Annual report of the Imperial Bacteriologist
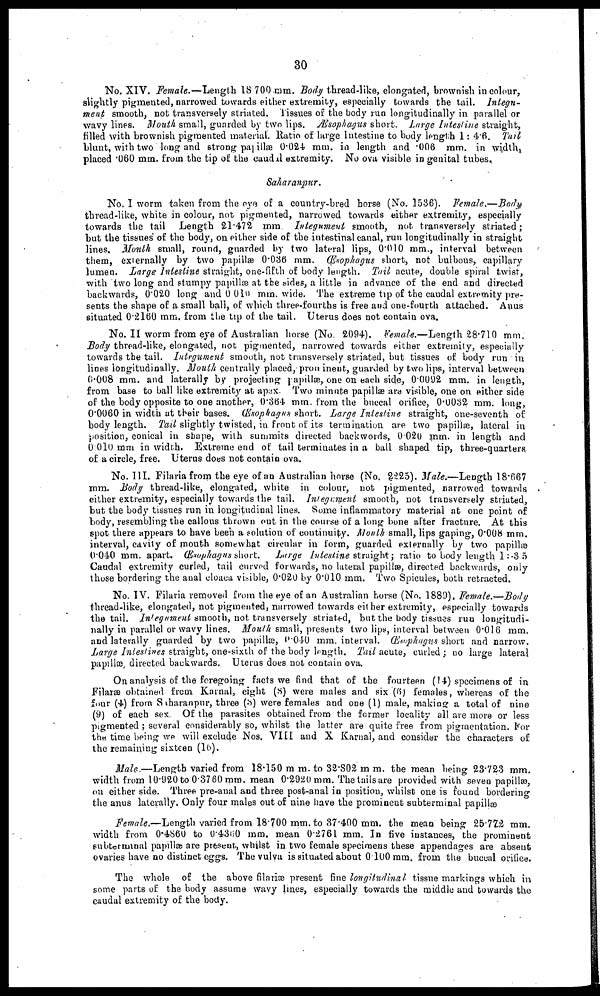
30
No. XIV. Female.—Length 18 700mm. Body thread-like, elongated, brownish in colour,
slightly pigmented, narrowed towards either extremity, especially towards the tail. Integu-
ment smooth, not transversely striated. Tissues of the body run longitudinally in parallel or
wavy lines. Mouth small, guarded by two lips. Æsophagus short. Large Intestine straight,
filled with brownish pigmented material. Ratio of large Intestine to body length 1: 4.6. Tail
blunt, with two long and strong papillæ 0.024 mm. in length and .006 mm. in width,
placed .060 mm. from the tip of the caudal extremity. No ova visible in genital tubes,
Saharanpur.
No. I worm taken from the eye of a country-bred horse (No. 1536). Female.—Body
thread-like, white in colour, not pigmented, narrowed towards either extremity, especially
towards the tail Length 21.472 mm. Integument smooth, not transversely striated ;
but the tissues of the body, on either side of the intestinal canal, run longitudinally in straight
lines. Mouth small, round, guarded by two lateral lips, 0.010 mm., interval between
them, externally by two papillæ 0.036 mm. Œsophagus short, not bulbous, capillary
lumen. Large Intestine straight, one-fifth of body length. Tail acute, double spiral twist,
with two long and stumpy papillæ at the sides, a little in advance of the end and directed
backwards, 0.020 long and 0.010 mm. wide. The extreme tip of the caudal extremity pre-
sents the shape of a small ball, of which three-fourths is free and one-fourth attached. Anus
situated 0.2160 mm. from the tip of the tail. Uterus does not contain ova.
No. II worm from eye of Australian horse (No. 2094). Female.—Length 28.710 mm.
Body thread-like, elongated, not pigmented, narrowed towards either extremity, especially
towards the tail. Integument smooth, not transversely striated, but tissues of body run in
lines longitudinally. Mouth centrally placed, prominent, guarded by two lips, interval between
0.008 mm. and laterally by projecting papillæ, one on each side, 0.0092 mm. in length,
from base to ball like extremity at apex. Two minute papillæ are visible, one on either side
of the body opposite to one another, 0.364 mm. from the buccal orifice, 0.0032 mm. long,
0.0060 in width at their bases. Œsophagus short. Large Intestine straight, one-seventh of
body length. Tail slightly twisted, in front of its termination are two papillæ, lateral in
position, conical in shape, with summits directed backwords, 0.020 mm. in length and
0.010 mm in width. Extreme end of tail terminates in a ball shaped tip, three-quarters
of a circle, free. Uterus does not contain ova.
No. III. Filaria from the eye of an Australian horse (No. 2225). Male.—Length 18.667
mm. Body thread-like, elongated, white in colour, not pigmented, narrowed towards
either extremity, especially towards the tail. Integument smooth, not transversely striated,
but the body tissues run in longitudinal lines. Some inflammatory material at one point of
body, resembling the callous thrown out in the course of a long bone after fracture. At this
spot there appears to have been a solution of continuity. Mouth small, lips gaping, 0.008 mm.
interval, cavity of mouth somewhat circular in form, guarded externally by two papillæ
0.040 mm. apart. Œsophagus short. Large Intestine straight; ratio to body length 1:3.5
Caudal extremity curled, tail curved forwards, no lateral papillæ, directed backwards, only
those bordering the anal cloaca visible, 0.020 by 0.010 mm. Two Spicules, both retracted.
No. IV. Filaria removed from the eye of an Australian horse (No. 1889). Female.—Body
thread-like, elongated, not pigmented, narrowed towards either extremity, especially towards
the tail. Integument smooth, not transversely striated, but the body tissues run longitudi-
nally in parallel or wavy lines. Mouth small, presents two lips, interval between 0.016 mm.
and laterally guarded by two papillæ, 0.040 mm. interval. Œsophagus short and narrow.
Large Intestines straight, one-sixth of the body length. Tail acute, curled; no large lateral
papillæ, directed backwards. Uterus does not contain ova.
On analysis of the foregoing facts we find that of the fourteen (14) specimens of in
Filaræ obtained from Karnal, eight (8) were males and six (6) females, whereas of the
four (4) from Saharanpur, three (3) were females and one (1) male, making a total of nine
(9) of each sex. Of the parasites obtained from the former locality all are more or less
pigmented ; several considerably so, whilst the latter are quite free from pigmentation. For
the time being we will exclude Nos. VIII and X Karnal, and consider the characters of
the remaining sixteen (16).
Male.—Length varied from 18.150 m m. to 32.802 m m. the mean being 23.723 mm.
width from 10.920 to 0.3760 mm. mean 0.2920 mm. The tails are provided with seven papillæ,
on either side. Three pre-anal and three post-anal in position, whilst one is found bordering
the anus laterally. Only four males out of nine have the prominent subterminal papillæ
Female.—Length varied from 18.700 mm. to 37.400 mm. the mean being 25.772 mm.
width from 0.4860 to 0.4360 mm. mean 0.2761 mm. In five instances, the prominent
subterminal papillæ are present., whilst in two female specimens these appendages are absent
ovaries have no distinct eggs. The vulva is situated about 0.100 mm. from the buccal orifice.
The whole of the above filariæ present fine longitudinal tissue markings which in
some parts of the body assume wavy lines, especially towards the middle and towards the
caudal extremity of the body.